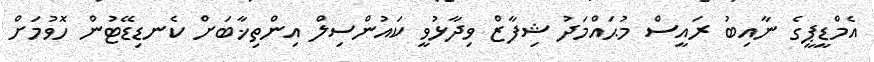
އެމްޑީޕީގެ ނާއިބު ރައީސް މުޙައްމަދު ޝިފާޒް ވިދާޅުވީ ކައުންސިލް އިންތިޚާބަށް ކެނޑިޑޭޓުން ހޮވުމަށް